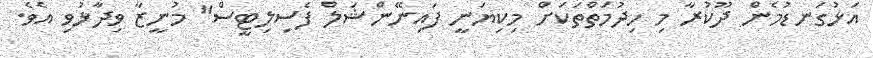
އަޅުގަނޑުމެން ދޫކުރާ މި ހިދުމަތްތަކަށް މިކިޔަނީ ފައިނޭންޝަލް ފެސިލިޓީސް" މުނީޒާ ވިދާޅުވި އެވެ.